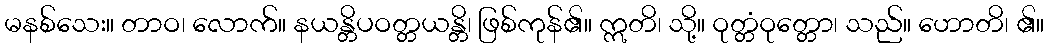
မနစ်သေး။ တာဝ၊ လောက်။ နယန္တိပဝတ္တယန္တိ၊ ဖြစ်ကုန်၏။ ဣတိ၊ သို့။ ဝုတ္တံဝုတ္တော၊ သည်။ ဟောတိ၊ ၏။